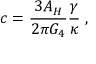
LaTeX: c = \frac { 3 A _ { H } } { 2 \pi G _ { 4 } } \frac { \gamma } { \kappa } \; ,